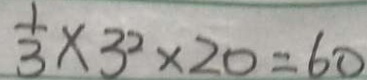
\frac { 1 } { 3 } \times 3 ^ { 2 } \times 2 0 = 6 0